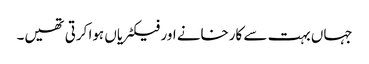
جہاں بہت سے کارخانے اور فیکٹریاں ہوا کرتی تھیں۔